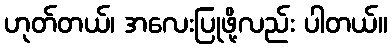
ဟုတ်တယ်၊ အလေးပြုဖို့လည်း ပါတယ်။